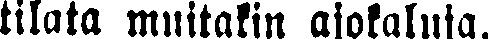
tilata muitakin ajokaluja.